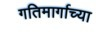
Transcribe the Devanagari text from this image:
गतिमार्गाच्या